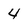
Character: 4